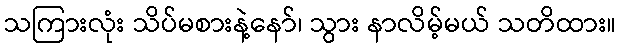
သကြားလုံး သိပ်မစားနဲ့နော်၊ သွား နာလိမ့်မယ် သတိထား။